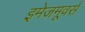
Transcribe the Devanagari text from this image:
इमेजमूवर्स